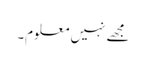
مجھے نہیں معلوم۔